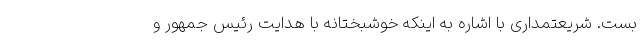
بست. شریعتمداری با اشاره به اینکه خوشبختانه با هدایت رئیس جمهور و